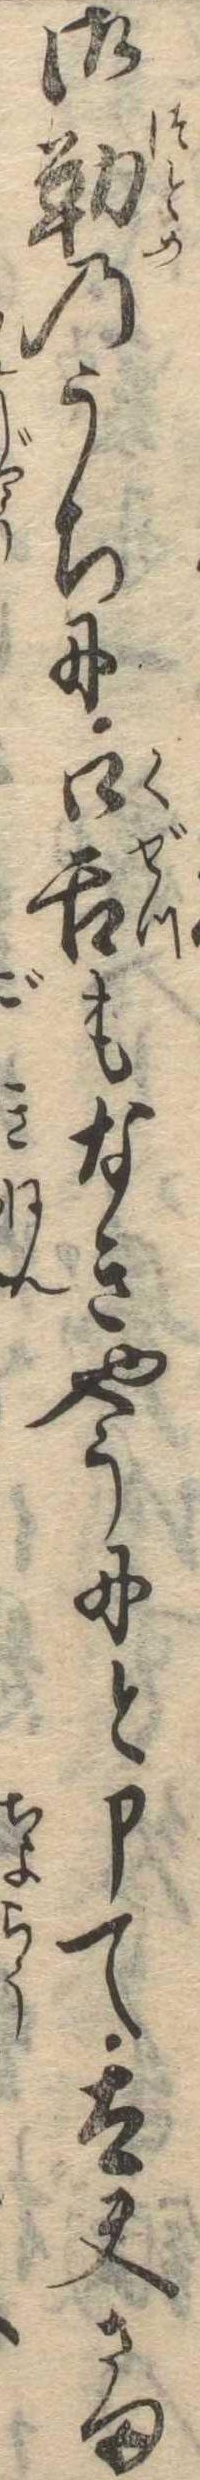
御勤のうちに口舌もなきやうにと申て太夫さま